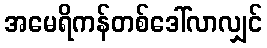
အမေရိကန်တစ်ဒေါ်လာလျှင်